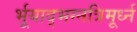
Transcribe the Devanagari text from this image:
र्भूयाद्भग्नत्रिमूर्ध्न